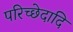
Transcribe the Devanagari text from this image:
परिच्छेदादि